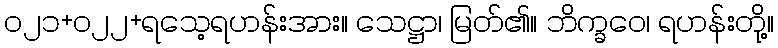
၀၂၁+၀၂၂+ရသေ့ရဟန်းအား။ သေဋ္ဌာ၊ မြတ်၏။ ဘိက္ခဝေ၊ ရဟန်းတို့။